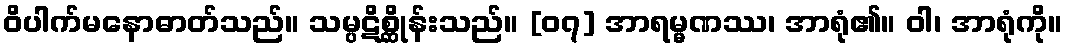
ဝိပါက်မနောဓာတ်သည်။ သမ္ပဋိစ္ဆိုန်းသည်။ [၀၇] အာရမ္မဏဿ၊ အာရုံ၏။ ဝါ၊ အာရုံကို။